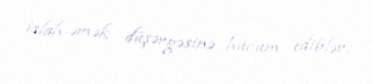
islah-əmək düşərgəsinə hücum ediblər.